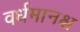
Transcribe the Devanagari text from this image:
वर्धमानश्च